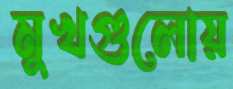
মুখগুলোয়